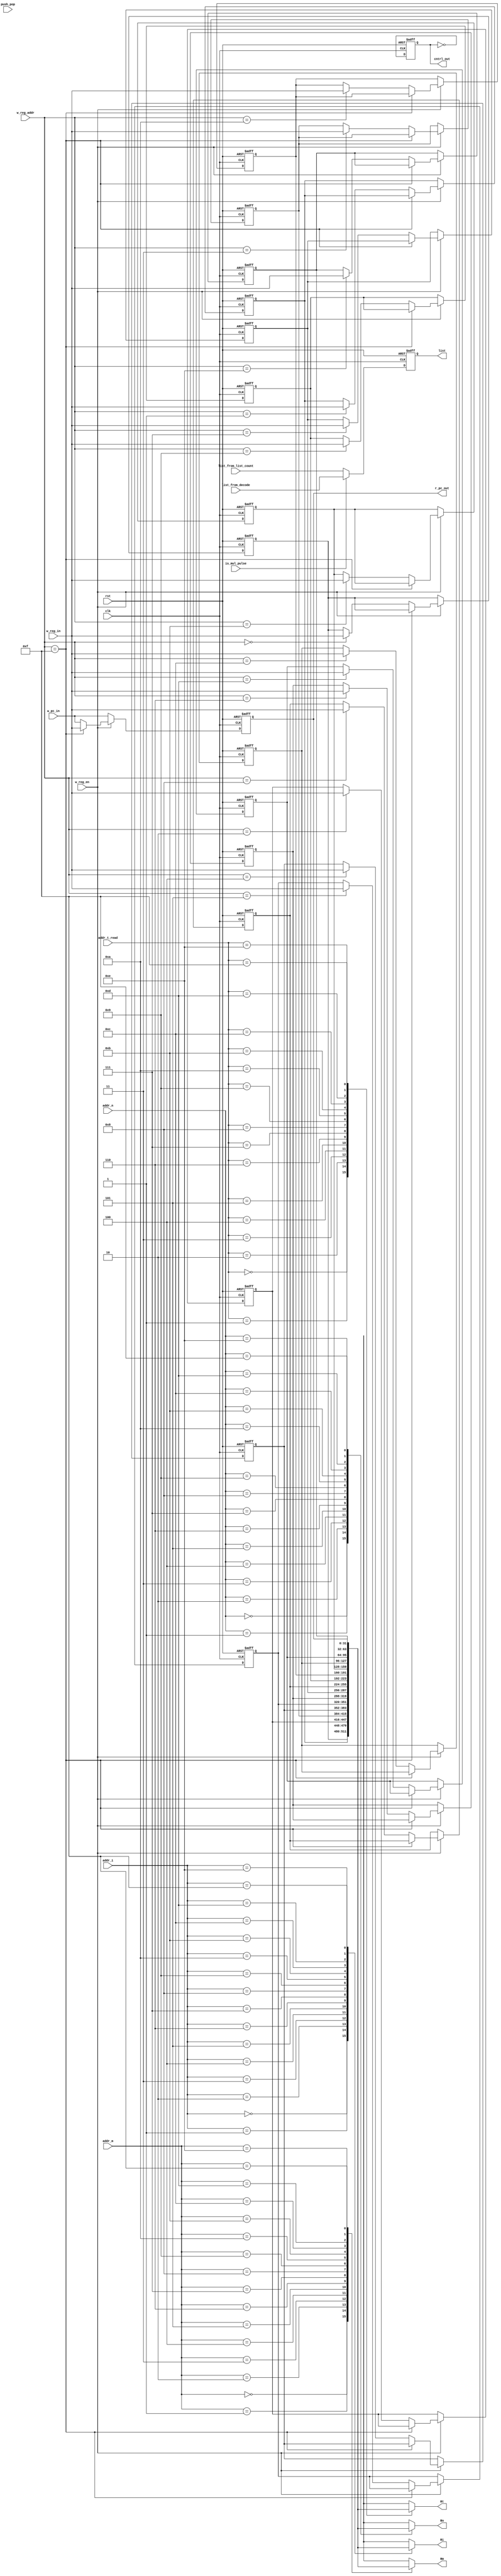
module regbank(	rst, 
				clk,
				push_pop,
				addr_n,
				addr_m,
				addr_i,
				addr_t_read,
				
				w_reg_addr,
				w_reg_en,
				w_reg_in,
				
				Rn,
				Rm,
				Rt,
				Ri,
				
				w_pc_in,
				r_pc_out,
				
				is_mul_pulse,//is_mul_pulse
				
				list_from_decode,
				list_from_list_count,
				list,
				cntrl_out
				);
	input rst;
	input clk;
	input [1:0] push_pop;
	
	input[3:0] w_reg_addr;
	input w_reg_en;
	input[31:0] w_reg_in;
	
	input is_mul_pulse;
	input[9:0] list_from_decode;
	input[9:0] list_from_list_count;
	
	input[3:0] addr_n;
	input[3:0] addr_m;
	input[3:0] addr_i;
	input[3:0] addr_t_read;
	
	input [31:0] w_pc_in;
	
	output[31:0] Rn;
	output[31:0] Rm;
	output[31:0] Rt;
	output[31:0] Ri;
	output[31:0] r_pc_out;
	output [9:0] list;
	output cntrl_out;
	
	reg cntrl;
	reg [9:0] list;
	reg [31:0] register [0:15];

	
	assign Rn = register[addr_n];
	assign Rm = register[addr_m];
	assign Ri = register[addr_i];
	assign Rt = register[addr_t_read];
	assign cntrl_out = cntrl;
	assign r_pc_out= register[15];
	
	always@(posedge rst or posedge clk)begin
		if(rst)begin
			cntrl <= 0;
		end
		else begin
			cntrl <= ~cntrl;
		end
	end
		
	always@(posedge rst or posedge clk)begin
		if(rst) begin
			register[0] <= 32'd0;
			register[1] <= 32'd0;
			register[2] <= 32'd0;
			register[3] <= 32'd0;
			register[4] <= 32'd0;
			register[5] <= 32'd0;
			register[6] <= 32'd0;
			register[7] <= 32'd0;
			register[8] <= 32'd0;
			register[9] <= 32'd0;
			register[10] <= 32'd0;
			register[11] <= 32'd0;
			register[12] <= 32'd0;
			register[13] <= 32'd0;
			register[14] <= 32'd0;
			register[15] <= 32'd0;
		end
		else begin
			if(w_reg_en)begin
				case(w_reg_addr)
					4'd15 : register[15] <= w_reg_in;
					default : begin
						register[w_reg_addr] <= w_reg_in;
						register[15] <= w_pc_in ;
					end
				endcase
			end
			else begin
				register[15] <= w_pc_in ;
			end
		end
	end
	
	always@(posedge rst or posedge clk)begin
		if(rst) begin
			list <= 10'd0;
		end
		else begin
			if(is_mul_pulse)begin 
				list <= list_from_decode;
			end else 
				list <= list_from_list_count;
		end
	end
	
endmodule